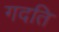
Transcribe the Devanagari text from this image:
गदति